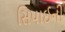
સિપાઈની